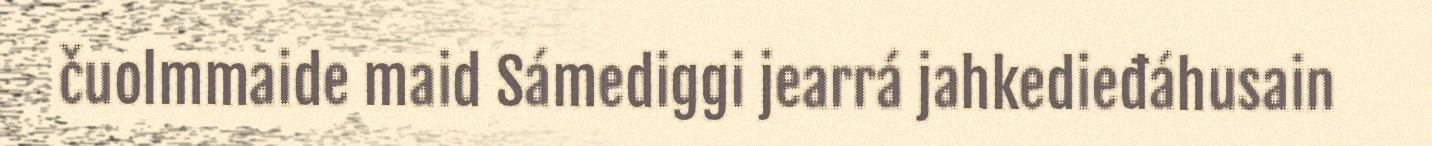
čuolmmaide maid Sámediggi jearrá jahkedieđáhusain